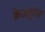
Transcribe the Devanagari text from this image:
क्रेअतुरेस